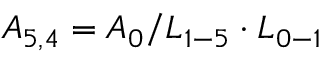
{ A _ { 5 , 4 } } = { A _ { 0 } } / { L _ { 1 - 5 } } \cdot { L _ { 0 - 1 } }